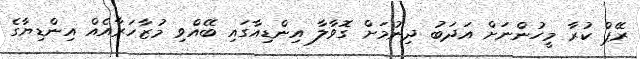
ރޭޕް ކުރާ މީހުންނަށް އަދަބު ދިނުމަށް ގޮވާލާ އިންޑިއާގައި ބޭއްވި މުޒާހަރާއެއް އިންޑިޔާގެ